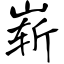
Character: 崭